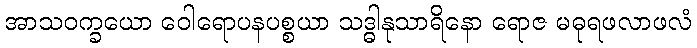
အာသဝက္ခယော ဝေါရောပနပစ္စယာ သဒ္ဓါနုသာရိနော ရောဇ မဓုရဖလာဖလံ